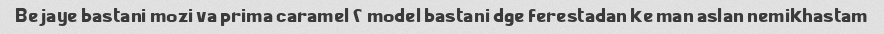
Be jaye bastani mozi va prima caramel ۲ model bastani dge ferestadan ke man aslan nemikhastam